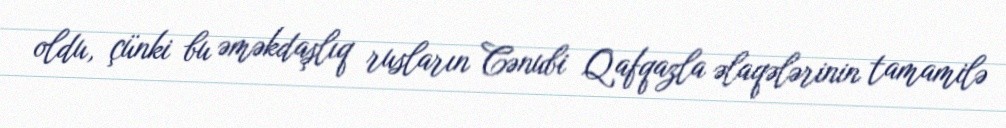
oldu, çünki bu əməkdaşlıq rusların Cənubi Qafqazla əlaqələrinin tamamilə